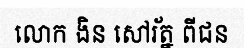
លោក ងិន សៅរ័ត្ន ពីជន